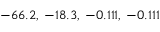
- 6 6 . 2 , \: - 1 8 . 3 , \: - 0 . 1 1 1 , \: - 0 . 1 1 1